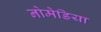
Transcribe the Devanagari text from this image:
नोमेडिया